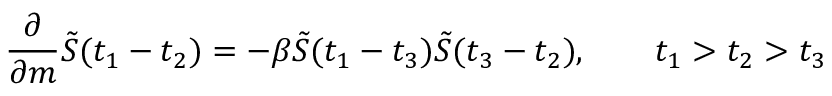
{ \frac { \partial } { \partial { m } } } \tilde { S } ( t _ { 1 } - t _ { 2 } ) = - \beta \tilde { S } ( t _ { 1 } - t _ { 3 } ) \tilde { S } ( t _ { 3 } - t _ { 2 } ) , \qquad t _ { 1 } > t _ { 2 } > t _ { 3 }